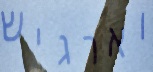
וארגיש